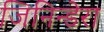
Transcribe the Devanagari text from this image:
जिनिन्डेरा